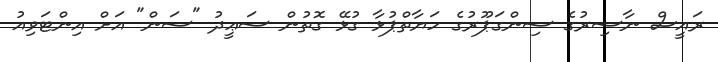
ރައީސް ނާސިރުގެ ސިންގަޕޫރުގެ ހަޔާތްޕުޅާ ގުޅޭ ގޮތުން ސަޢީދު "ސަން" އަށް އިންޓަވިއު